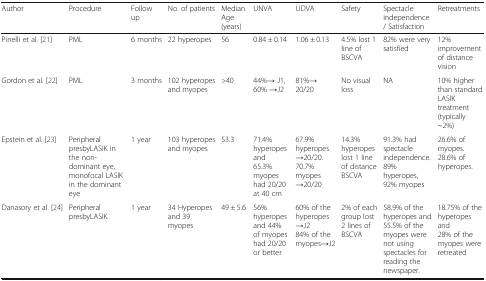
<table><thead><tr><td><b>Author</b></td><td><b>Procedure</b></td><td><b>Follow up</b></td><td><b>No. of patients</b></td><td><b>Median Age (years)</b></td><td><b>UNVA</b></td><td><b>UDVA</b></td><td><b>Safety</b></td><td><b>Spectacle independence / Satisfaction</b></td><td><b>Retreatments</b></td></tr></thead><tbody><tr><td>Pinelli et al. [21]</td><td>PML</td><td>6 months</td><td>22 hyperopes</td><td>56</td><td>0.84 ± 0.14</td><td>1.06 ± 0.13</td><td>4.5% lost 1 line of BSCVA</td><td>82% were very satisfied</td><td>12% improvement of distance vision</td></tr><tr><td>Gordon et al. [22]</td><td>PML</td><td>3 months</td><td>102 hyperopes and myopes</td><td>&gt;40</td><td>44%→ J1, 60% →J2</td><td>81%→ 20/20</td><td>No visual loss</td><td>NA</td><td>10% higher than standard LASIK treatment (typically ~2%)</td></tr><tr><td>Epstein et al. [23]</td><td>Peripheral presbyLASIK in the non-dominant eye, monofocal LASIK in the dominant eye</td><td>1 year</td><td>103 hyperopes and myopes</td><td>53.3</td><td>71.4% hyperopes and65.3% myopes had 20/20 at 40 cm</td><td>67.9% hyperopes →20/20.70.7% myopes →20/20</td><td>14.3% hyperopes lost 1 line of distance BSCVA</td><td>91.3% had spectacle independence.89% hyperopes, 92% myopes</td><td>26.6% of myopes.28.6% of hyperopes.</td></tr><tr><td>Danasory et al. [24]</td><td>Peripheral presbyLASIK</td><td>1 year</td><td>34 Hyperopes and 39 myopes</td><td>49 ± 5.6</td><td>56% hyperopes and 44% of myopes had 20/20 or better</td><td>60% of the hyperopes →J284% of the myopes→J2</td><td>2% of each group lost 2 lines of BSCVA</td><td>58.9% of the hyperopes and55.5% of the myopes were not using spectacles for reading the newspaper.</td><td>18.75% of the hyperopes and28% of the myopes were retreated</td></tr></tbody></table>